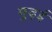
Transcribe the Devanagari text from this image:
मुढ़ई